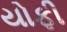
યોફી